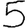
Digit: 5